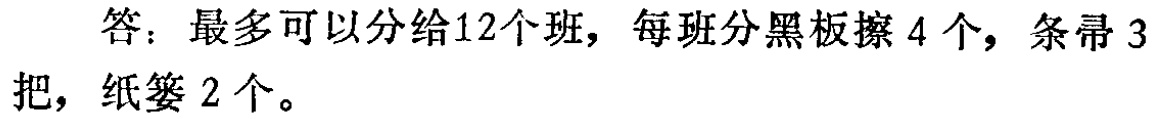
答：最多可以分给12个班，每班分黑板擦 4 个，条帚 3把，纸篓 2 个。